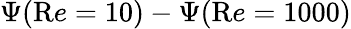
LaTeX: \Psi({\mathrm Re}=10)-\Psi({\mathrm Re}=1000)